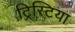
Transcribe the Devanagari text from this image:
ट्रिस्टिया